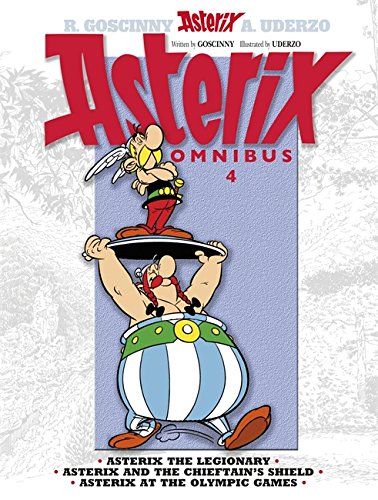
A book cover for Asterix Omnibus 4: Includes Asterix the Legionary #10, Asterix and the Chieftain's Shield #11, and Asterix at the Olympic Games #12; Rene Goscinny; Comics & Graphic Novels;